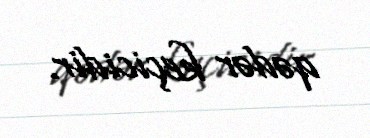
qədər keçicidir.